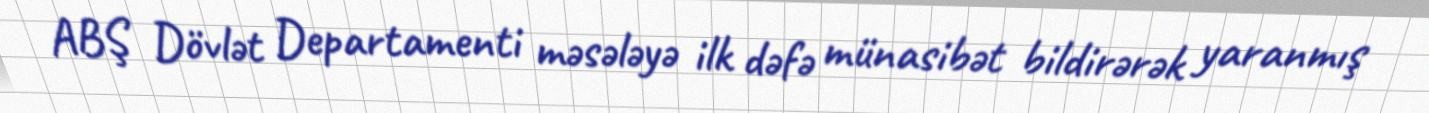
ABŞ Dövlət Departamenti məsələyə ilk dəfə münasibət bildirərək yaranmış